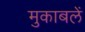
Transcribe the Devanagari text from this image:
मुकाबलें